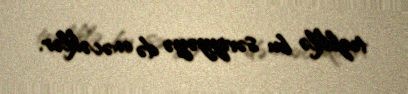
tezliklə bu səviyyəyə də enəcəklər.